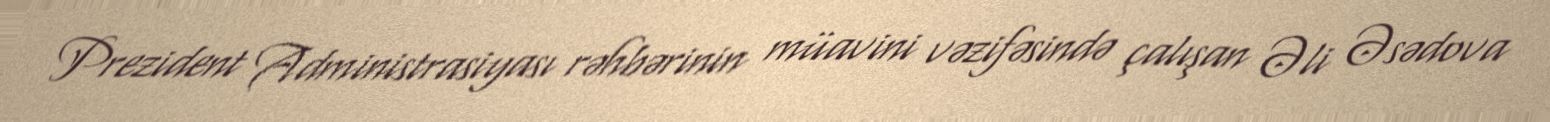
Prezident Administrasiyası rəhbərinin müavini vəzifəsində çalışan Əli Əsədova